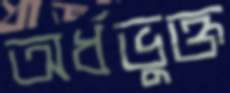
অর্ধভুক্ত